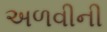
અળવીની